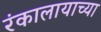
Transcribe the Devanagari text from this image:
रंकालायाच्या